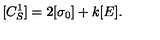
[ C _ { S } ^ { 1 } ] = 2 [ \sigma _ { 0 } ] + k [ E ] .